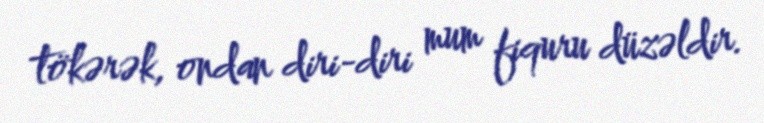
tökərək, ondan diri-diri mum fiquru düzəldir.